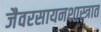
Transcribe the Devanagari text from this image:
जैवरसायनशास्त्रात